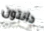
دانتون